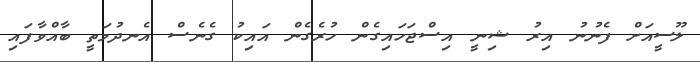
ލޫސީއަށް ފެނުނު އިރު ޝިނީ އިސްޖަހައިގެން ހުރެގެން އައިކު ގެނެސް އެނދުމަތީ ބާއްވާފައި